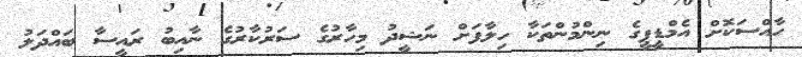
ހާއްސަކޮށް އެމްޑީޕީގެ ނިންމުންތަކާ ހިލާފަށް ނަޝީދު މިހާރުގެ ސަރުކާރުގެ ނާއިބު ރައީސާ ބައްދަލު